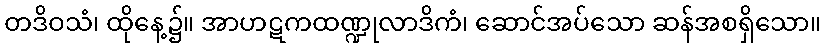
တဒိဝသံ၊ ထိုနေ့၌။ အာဟဋကထဏ္ဍုလာဒိကံ၊ ဆောင်အပ်သော ဆန်အစရှိသော။